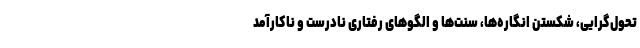
تحول‌گرایی، شکستن انگاره­ها، سنت‌ها و الگوهای رفتاری نادرست و ناکارآمد